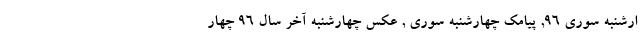
ارشنبه سوری ۹۶, پیامک چهارشنبه سوری , عکس چهارشنبه آخر سال ۹۶ چهار